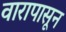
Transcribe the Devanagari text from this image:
वारापासून